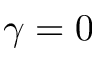
\gamma = 0